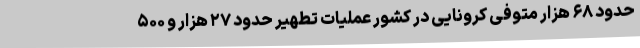
حدود ۶۸ هزار متوفی کرونایی در کشور عملیات تطهیر حدود ۲۷ هزار و ۵۰۰